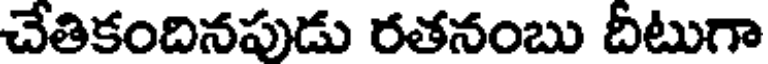
చేతికందినపుడు రతనంబు దిటుగా